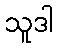
သူဒါ